NASA-UAP-D5, Apollo 17 Crew Debriefing for Science, 1973
Page 2
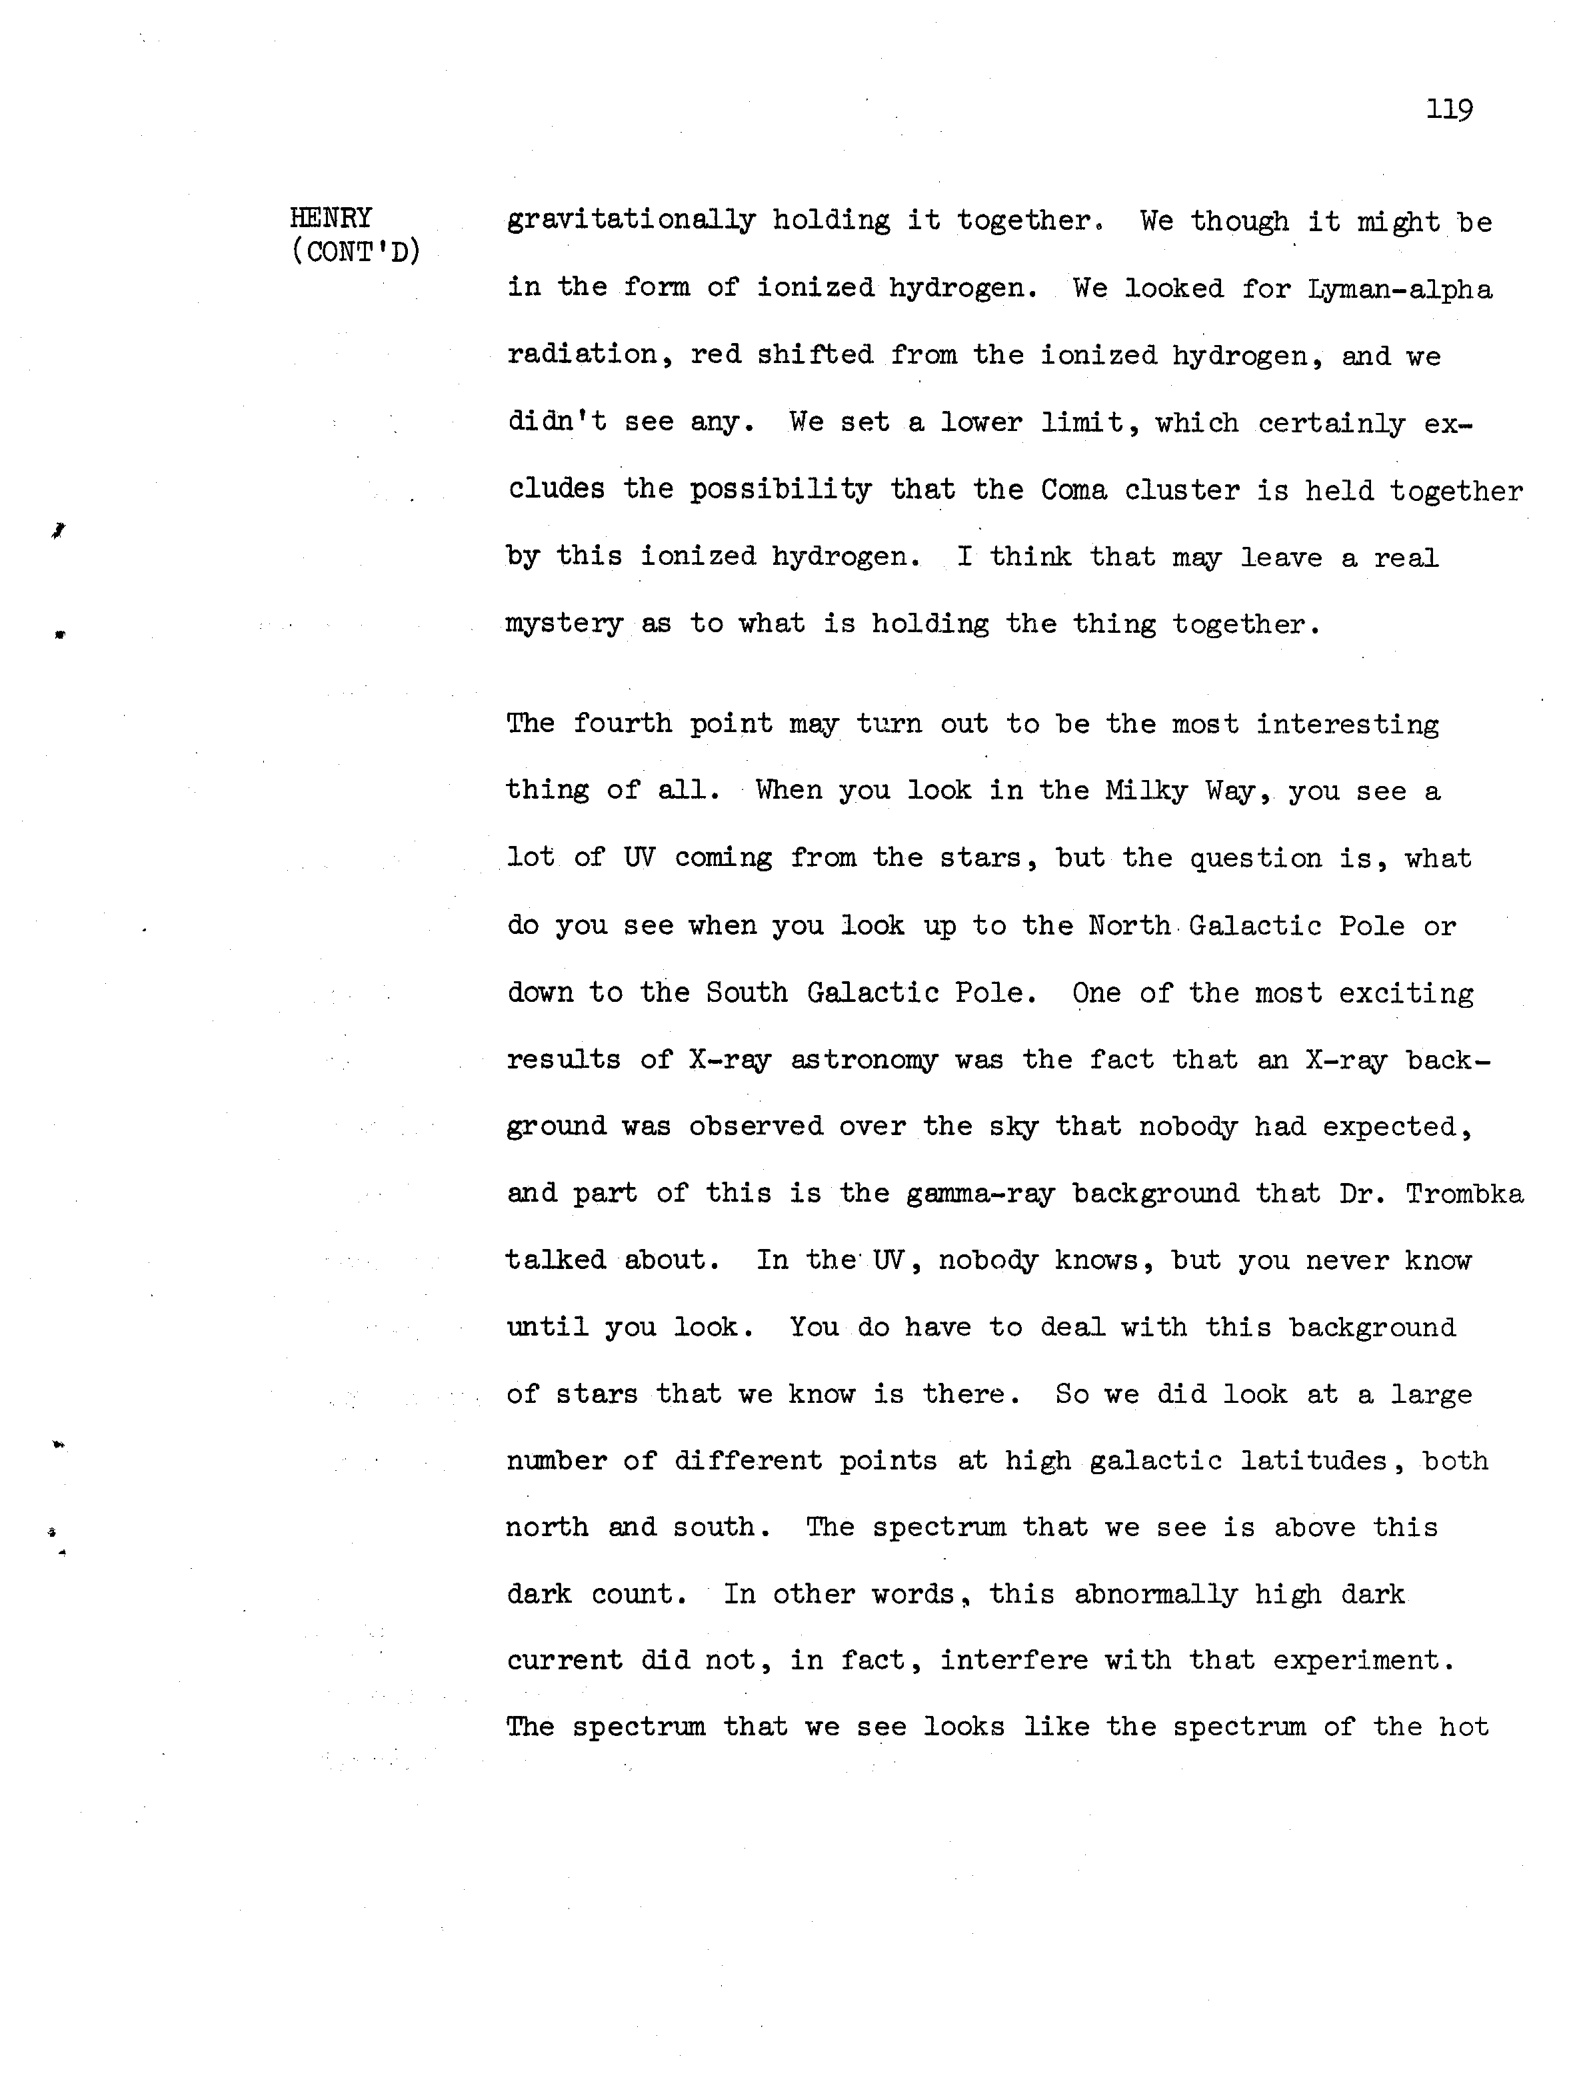